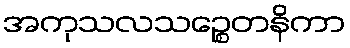
အကုသလသဉ္စေတနိကာ